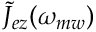
\tilde { J } _ { e z } ( \omega _ { m w } )